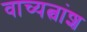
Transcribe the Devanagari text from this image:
वाच्यत्वांश